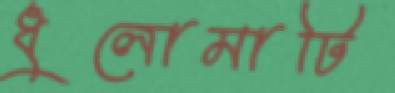
ধুলোমাটি